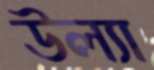
উল্যা